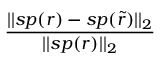
\frac { | | s p ( r ) - s p ( \widetilde { r } ) | | _ { 2 } } { | | s p ( r ) | | _ { 2 } }